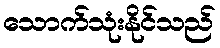
သောက်သုံးနိုင်သည်